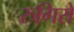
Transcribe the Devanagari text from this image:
रुगिरो